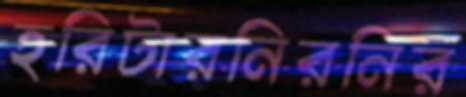
হরিটারনিরনির